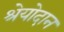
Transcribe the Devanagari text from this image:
श्रेयोदान